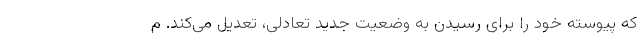
که پیوسته خود را برای رسیدن به وضعیت جدید تعادلی، تعدیل می‌کند. م